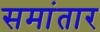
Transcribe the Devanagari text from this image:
समांतार